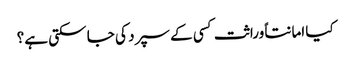
کیا امانتاً وراثت کسی کے سپرد کی جا سکتی ہے؟